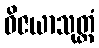
ဝိဇယာသုတ္တံ